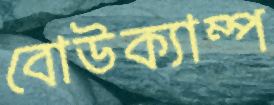
বোউক্যাম্প